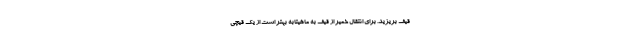
قیف بریزید. برای انتقال خمیر از قیف به ماهیتابه بهتر است از یک قیچی